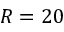
R = 2 0